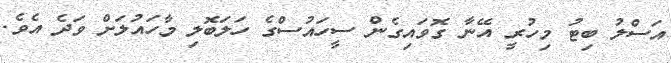
އަސްލު ބިޓު މިހުރީ އޭނާ ގޮވައިގެން ސީހައުސްގެ ހަލަބޮލި މާހައުލަށް ވަދެ އެވެ.